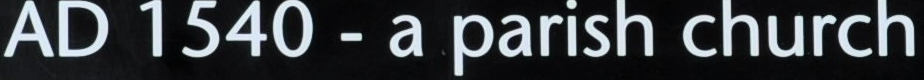
AD 1540 - a parish church